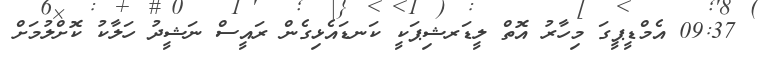
09:37 އެމްޑީޕީގަ މިހާރު އޮތް ލީޑަރޝިޕަކީ ކަނޑައެޅިގެން ރައީސް ނަޝީދު ހަލާކު ކޮށްލުމަށް